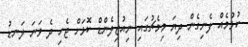
ކުޅުމެއް ފެނިގެން ދިޔަ މިމެޗުގައި ނިއުޒިލެންޑް ކޮޅަށް ޖެހި ދެ ވަނަ ލަނޑު